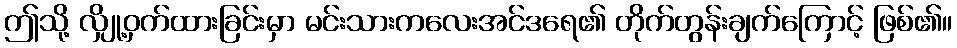
ဤသို့ လျှို့ဝှက်ထားခြင်းမှာ မင်းသားကလေးအင်ဒရေ၏ တိုက်တွန်းချက်ကြောင့် ဖြစ်၏။